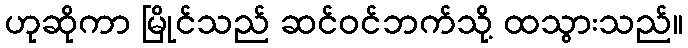
ဟုဆိုကာ မြိုင်သည် ဆင်ဝင်ဘက်သို့ ထသွားသည်။